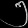
Digit: ၅